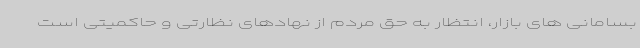
بسامانی های بازار، انتظار به حق مردم از نهادهای نظارتی و حاکمیتی است